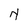
Character: N